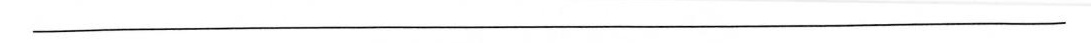
___